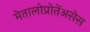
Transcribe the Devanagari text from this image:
मेतालोप्रोतेंअसेस